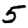
Digit: 5